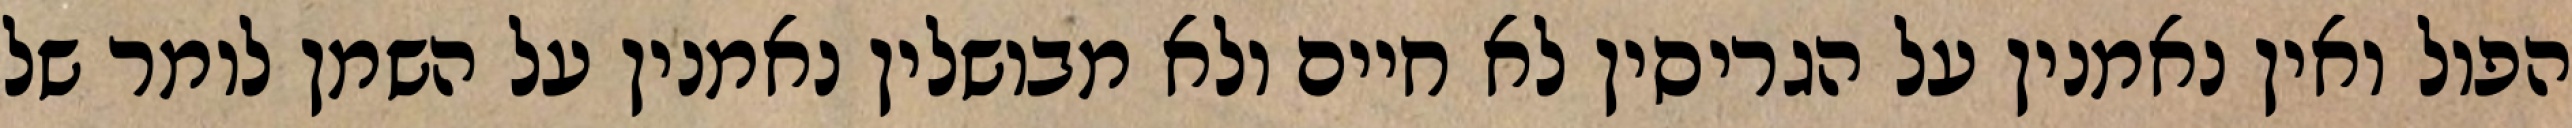
הפול ואין נאמנין על הגריסין לא חיים ולא מבושלין נאמנין על השמן לומר של